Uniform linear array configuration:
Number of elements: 8
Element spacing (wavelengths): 0.25
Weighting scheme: hamming
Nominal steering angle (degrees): -60
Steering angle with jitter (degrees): -60.146
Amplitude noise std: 0.05
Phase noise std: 0.05

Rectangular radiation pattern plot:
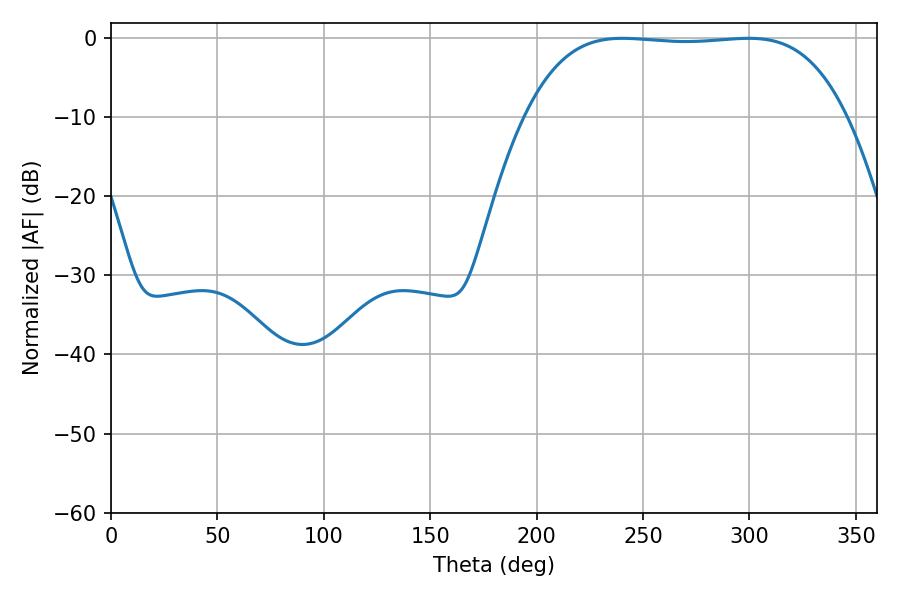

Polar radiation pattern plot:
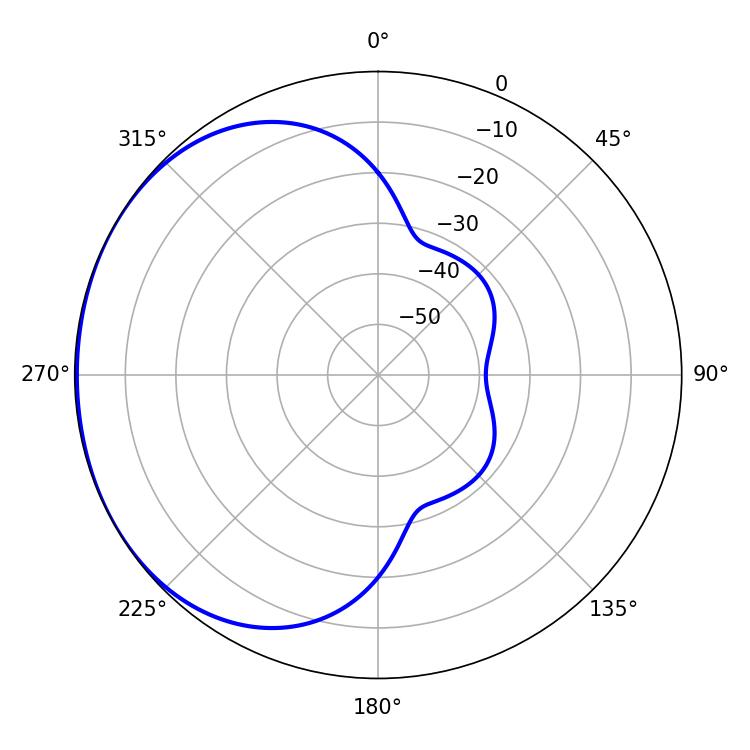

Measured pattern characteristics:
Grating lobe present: FALSE
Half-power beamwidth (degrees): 117.36
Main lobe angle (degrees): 240.3